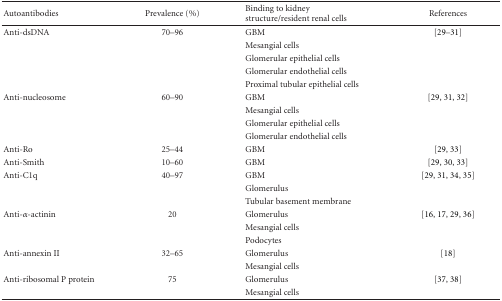
<table><thead><tr><td><b>Autoantibodies</b></td><td><b>Prevalence (%)</b></td><td><b>Binding to kidney structure/resident renal cells</b></td><td><b>References</b></td></tr></thead><tbody><tr><td>Anti-dsDNA</td><td>70–96</td><td>GBM</td><td>[29–31]</td></tr><tr><td></td><td></td><td>Mesangial cells</td><td></td></tr><tr><td></td><td></td><td>Glomerular epithelial cells</td><td></td></tr><tr><td></td><td></td><td>Glomerular endothelial cells</td><td></td></tr><tr><td></td><td></td><td>Proximal tubular epithelial cells</td><td></td></tr><tr><td>Anti-nucleosome</td><td>60–90</td><td>GBM</td><td>[29, 31, 32]</td></tr><tr><td></td><td></td><td>Mesangial cells</td><td></td></tr><tr><td></td><td></td><td>Glomerular epithelial cells</td><td></td></tr><tr><td></td><td></td><td>Glomerular endothelial cells</td><td></td></tr><tr><td>Anti-Ro</td><td>25–44</td><td>GBM</td><td>[29, 33]</td></tr><tr><td>Anti-Smith</td><td>10–60</td><td>GBM</td><td>[29, 30, 33]</td></tr><tr><td>Anti-C1q</td><td>40–97</td><td>GBM</td><td>[29, 31, 34, 35]</td></tr><tr><td></td><td></td><td>Glomerulus</td><td></td></tr><tr><td></td><td></td><td>Tubular basement membrane</td><td></td></tr><tr><td>Anti-<i>α</i>-actinin</td><td>20</td><td>Glomerulus</td><td>[16, 17, 29, 36]</td></tr><tr><td></td><td></td><td>Mesangial cells</td><td></td></tr><tr><td></td><td></td><td>Podocytes</td><td></td></tr><tr><td>Anti-annexin II</td><td>32–65</td><td>Glomerulus</td><td>[18]</td></tr><tr><td></td><td></td><td>Mesangial cells</td><td></td></tr><tr><td>Anti-ribosomal P protein</td><td>75</td><td>Glomerulus</td><td>[37, 38]</td></tr><tr><td></td><td></td><td>Mesangial cells</td><td></td></tr></tbody></table>